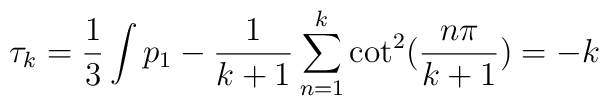
\tau_{k} = \frac{1}{3} \int p_{1} - \frac{1}{k+1} \sum_{n=1}^{k} \cot^{2}(\frac{n\pi}{k+1}) = -k